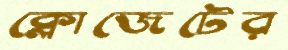
ক্লোজেটের